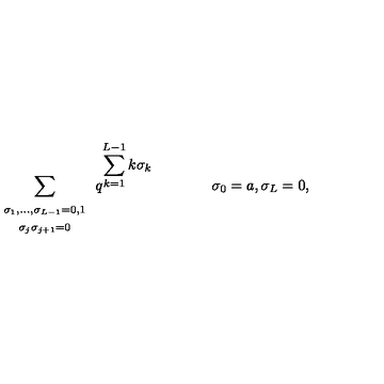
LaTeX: \renewcommand { \arraystretch } { 1 } \sum _ { \begin{array} { c } { \scriptstyle \sigma _ { 1 } , \ldots , \sigma _ { L - 1 } = 0 , 1 } \\ { \scriptstyle \sigma _ { j } \sigma _ { j + 1 } = 0 } \\ \end{array} } q ^ { \displaystyle \sum _ { k = 1 } ^ { L - 1 } k \sigma _ { k } } \qquad \qquad \sigma _ { 0 } = a , \sigma _ { L } = 0 ,